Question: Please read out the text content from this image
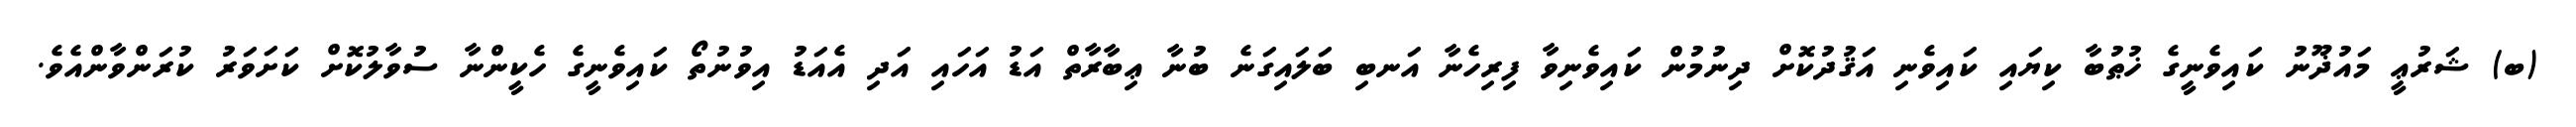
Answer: (ބ) ޝަރުޢީ މައުޛޫނު ކައިވެނީގެ ޚުޠުބާ ކިޔައި ކައިވެނި އަޤުދުކޮށް ދިނުމުން ކައިވެނިވާ ފިރިހެނާ އަނބި ބަލައިގަނެ ބުނާ ޢިބާރާތް އަޑު އަހައި އަދި އެއަޑު އިވުނުތޯ ކައިވެނީގެ ހެކީންނާ ސުވާލުކޮށް ކަށަވަރު ކުރަންވާންއެވެ.